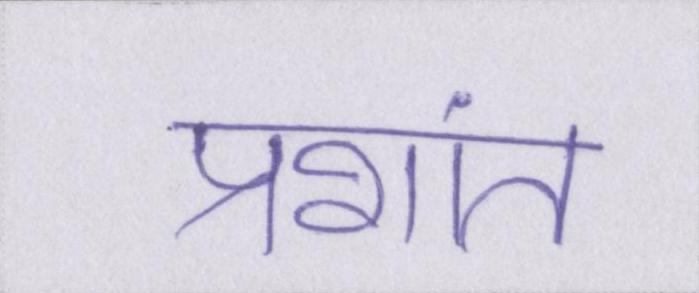
प्रशांत